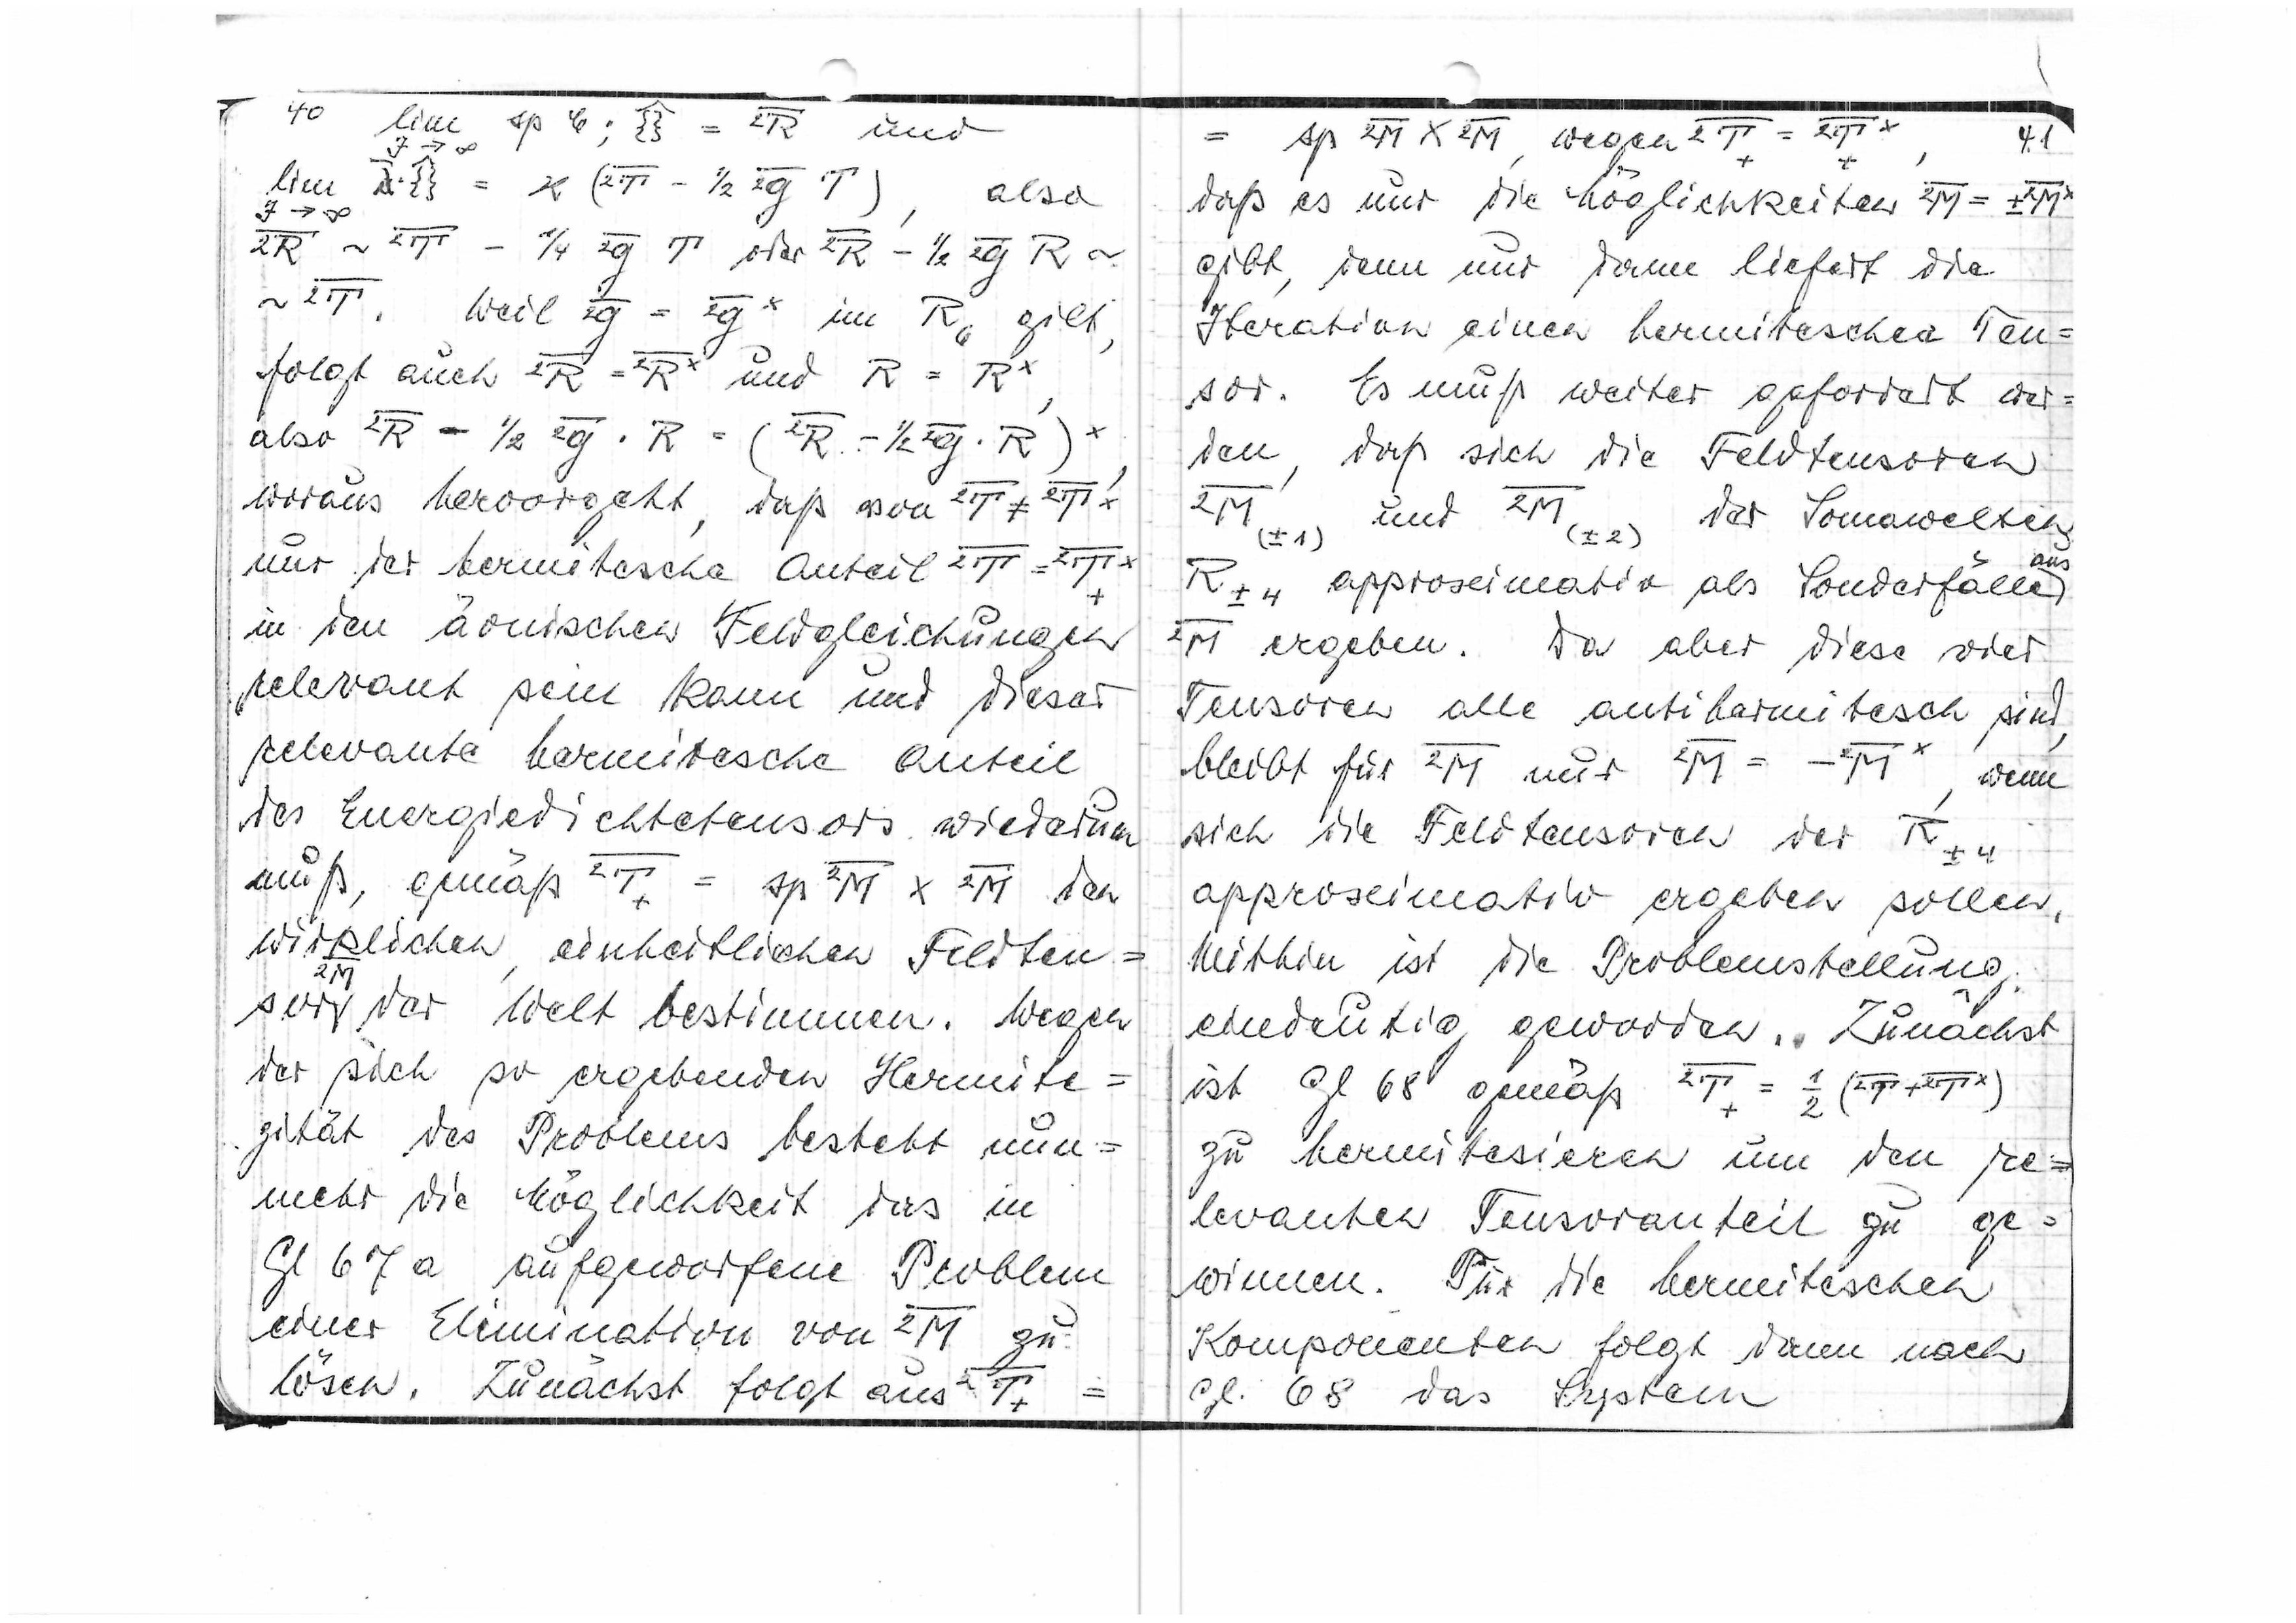
40

und

also

weil

im R6 gilt
folgt auch

und

also

woraus hervorgeht, daß von

nur der hermitische Anteil

in den öonischne Feldgleichungen
relevant sein kann und dieser
relevante hermitische Anteil
des Energiedichtetensors wiederum
muß gemäß

den
wirklichen, einheitlichen Feldten=

sor der Welt bestimmen. Wegen
der sich so ergebenden Hermitizität
des Problems besteht nun=
mehr die Möglichkeit das in
Gl. 67a aufgeworfene Problem
einer Elimination von

zu
lösen. Zunächst folgt aus

wegen

41
daß es nur die Möglichkeiten

gibt, denn nur dann liefert die
Iteration einen hermitischen Ten=
sor. Es muß weiter gefordert wer=
den, daß sich die Feldtensoren

und

der Somawelten
R±4 approximativ als Sonderfälle
aus

ergeben. Da aber diese vier
Tensoren alle antohermitisch sind,
bleibt für

nur

wenn
sich die Feldtensoren der
R±4
approximativ ergeben sollen.
Mithin ist die Problemstellung
eindeutig geworden. Zunächst
ist Gl. 68 gemäß

zu hermitisieren um den re=
levanten Tensoranteil zu ge=
winnen. Für die hermitischen
Komponenten folgt dann nach
Gl. 68 das System